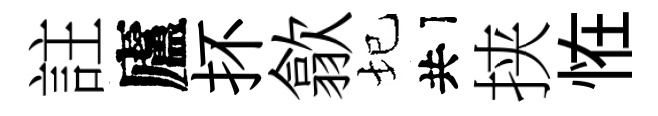
註廬抔歙圮共挟恠